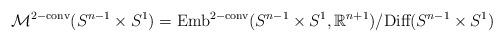
LaTeX: \begin{align*}\mathcal{M}^{2-\textrm{conv}}(S^{n-1}\times S^1)=\textrm{Emb}^{2-\textrm{conv}}(S^{n-1}\times S^1,\mathbb{R}^{n+1})/\textrm{Diff}(S^{n-1}\times S^1)\end{align*}